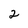
Character: 2